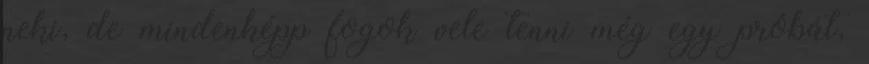
neki, de mindenképp fogok vele tenni még egy próbát,